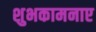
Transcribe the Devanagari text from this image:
शुभकामनाए